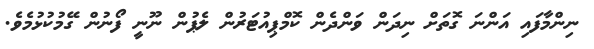
ނިންމާފައި އަންނަ ގޮތަށް ނިދަން ވަންދެން ކޮމްޕިއުޓަރުން ލެޕުން ނޫނީ ފޯނުން ގޭމުކުޅުމެވެ.